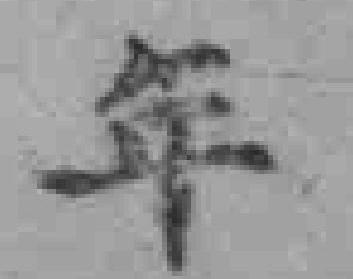
年